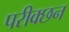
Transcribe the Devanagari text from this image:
परीक्छन